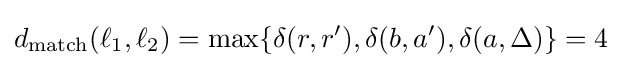
d_{\text{match}}(\ell _{1},\ell _{2})=\max\{\delta (r,r'),\delta (b,a'),\delta (a,\Delta )\}=4